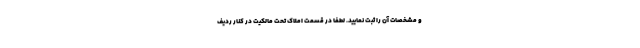
و مشخصات آن را ثبت نمایید. لطفا در قسمت املاک تحت مالکیت در کنار ردیف